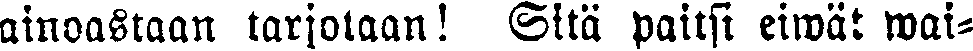
ainoastaan tarjotaan! Sitä paitsi eiwät wai-